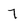
Character: 7